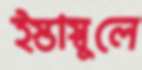
ইস্তাস্বুলে